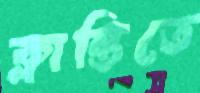
ক্লান্তিতে